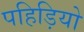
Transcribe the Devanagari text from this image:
पहिड़ियो